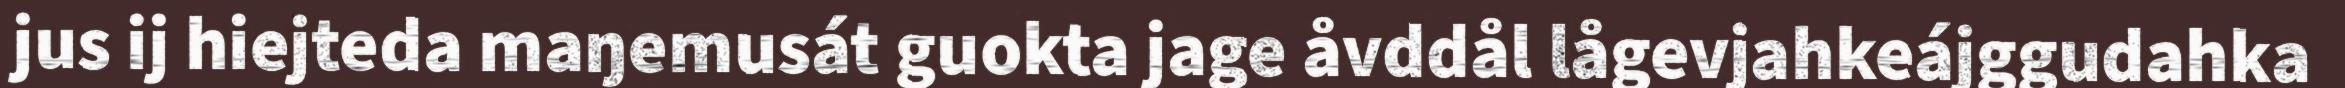
jus ij hiejteda maŋemusát guokta jage åvddål lågevjahkeájggudahka